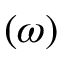
( \omega )